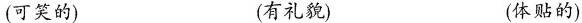
(可笑的) (有礼貌) (体贴的)